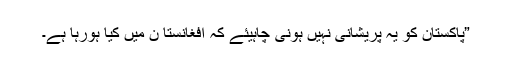
”پاکستان کو یہ پریشانی نہیں ہونی چاہیئے کہ افغانستا ن میں کیا ہورہا ہے۔